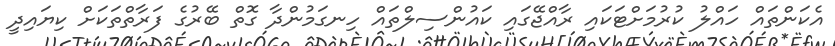
އެކަންތައް ހައްލު ކުރުމަށްޓަކައި ރާއްޖޭގައި ކައުންސިލްތައް ހިނގަމުންދާ ގޮތް ބޭރުގެ ފަރާތްތަކަށް ކިޔައިދީ